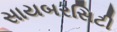
સાયબરસિટી